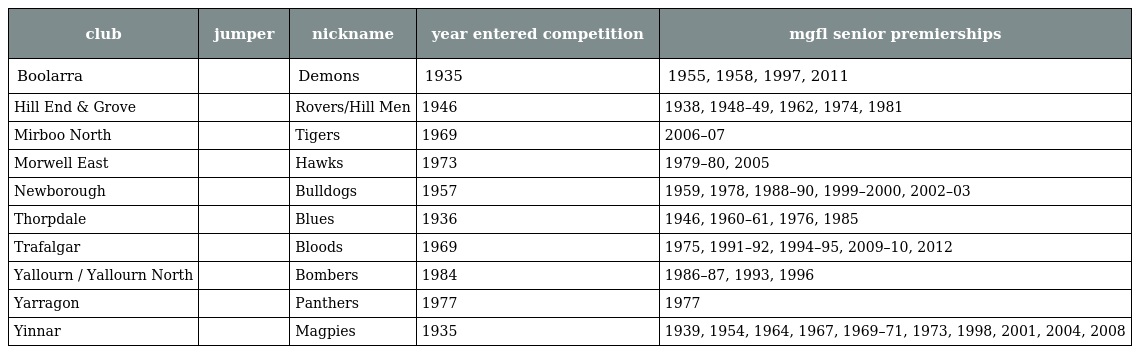
| club | jumper | nickname | year entered competition | mgfl senior premierships |
 | --- | --- | --- | --- | --- |
 | Boolarra |  | Demons | 1935 | 1955, 1958, 1997, 2011 |
 | Hill End & Grove |  | Rovers/Hill Men | 1946 | 1938, 1948–49, 1962, 1974, 1981 |
 | Mirboo North |  | Tigers | 1969 | 2006–07 |
 | Morwell East |  | Hawks | 1973 | 1979–80, 2005 |
 | Newborough |  | Bulldogs | 1957 | 1959, 1978, 1988–90, 1999–2000, 2002–03 |
 | Thorpdale |  | Blues | 1936 | 1946, 1960–61, 1976, 1985 |
 | Trafalgar |  | Bloods | 1969 | 1975, 1991–92, 1994–95, 2009–10, 2012 |
 | Yallourn / Yallourn North |  | Bombers | 1984 | 1986–87, 1993, 1996 |
 | Yarragon |  | Panthers | 1977 | 1977 |
 | Yinnar |  | Magpies | 1935 | 1939, 1954, 1964, 1967, 1969–71, 1973, 1998, 2001, 2004, 2008 |